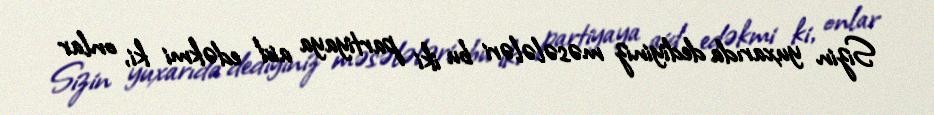
Sizin yuxarıda dediyiniz məsələləri bu iki partiyaya aid edəkmi ki, onlar